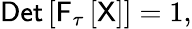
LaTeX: {\sf Det}\left[{\sf F}_{\tau}\left[\sf X\right]\right]=1,